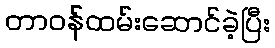
တာဝန်ထမ်းဆောင်ခဲ့ပြီး